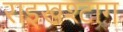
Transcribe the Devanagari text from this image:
राइखश्टाग